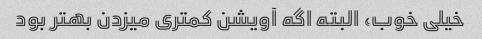
خیلی خوب، ‌البته اگه آویشن کمتری میزدن بهتر بود